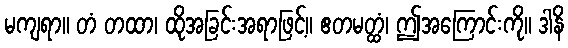
မကျရာ။ တံ တထာ၊ ထိုအခြင်းအရာဖြင့်။ ဧတမတ္ထံ၊ ဤအကြောင်းကို။ ဒါနိ